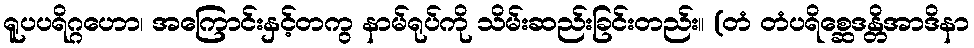
ရူပပရိဂ္ဂဟော၊ အကြောင်းနှင့်တကွ နာမ်ရုပ်ကို သိမ်းဆည်းခြင်းတည်း။ (တံ တံပရိစ္ဆေဒန္တိအာဒိနာ